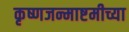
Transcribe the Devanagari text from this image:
कृष्णजन्माष्टमीच्या